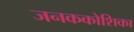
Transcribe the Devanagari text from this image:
जनककोशिका